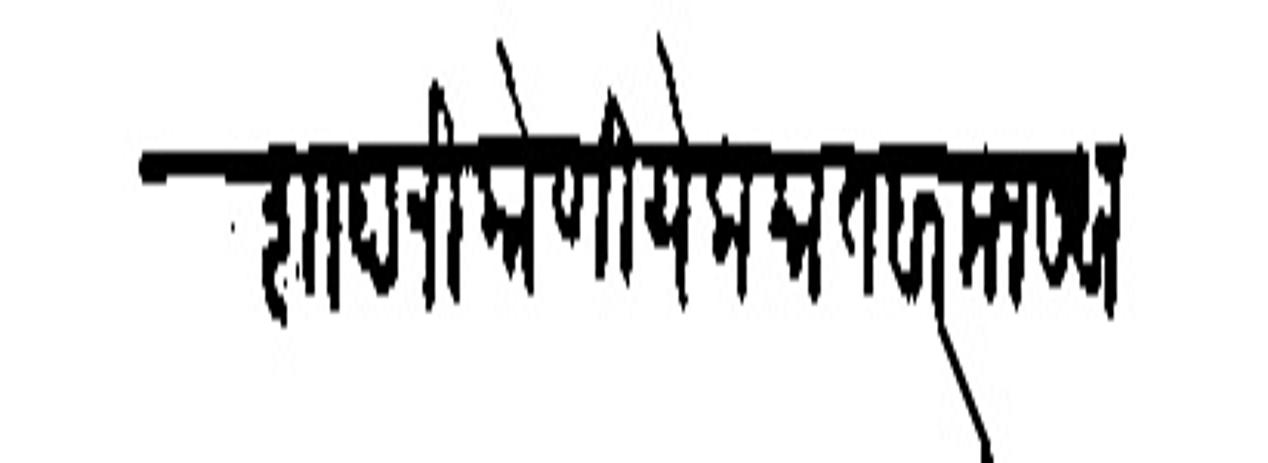
Transliteration (Devanagari): पातशाहानी कोणी येक मातवर मनसबा